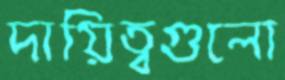
দায়িত্বগুলো